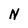
Character: N